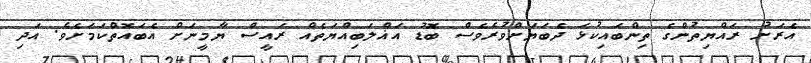
އެރަށު ރައްޔިތުންގެ ތިންބައިކުޅަ ދެބަޔަށްވުރެވެސް ބޮޑު އަޣްލަބިއްޔަތެއް ރައީސް ޔާމީނަށް އެބައޮތްކަމަށެވެ. އަދި